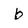
Character: b